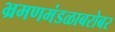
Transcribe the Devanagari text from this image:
भ्रमणमंडळाबरोबर